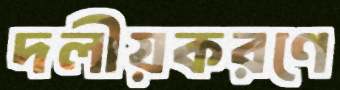
দলীয়করণে